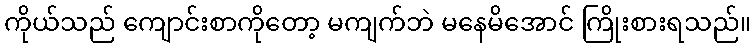
ကိုယ်သည် ကျောင်းစာကိုတော့ မကျက်ဘဲ မနေမိအောင် ကြိုးစားရသည်။